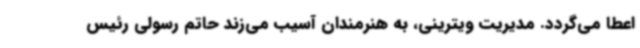
اعطا می‌گردد. مدیریت ویترینی، به هنرمندان آسیب می‌زند حاتم رسولی رئیس